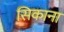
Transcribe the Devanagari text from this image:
सिकाना